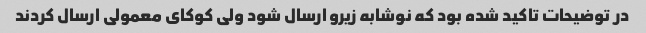
در توضیحات تاکید شده بود که نوشابه زیرو ارسال شود ولی کوکای معمولی ارسال کردند